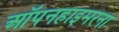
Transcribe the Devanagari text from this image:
ऑपनहाइमरना